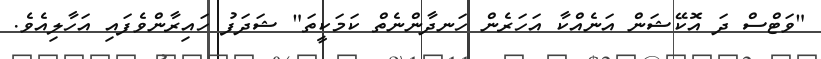
"ވަޓްސް ދަ އޮކޭޝަން އަނެއްކާ އަހަރެން ހަނދާންނެތް ކަމަކީތަ" ޝަދަފު ހައިރާންވެފައި އަހާލިއެވެ.